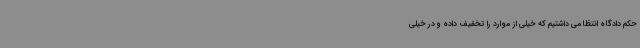
حکم دادگاه انتظامی داشتیم که خیلی از موارد را تخفیف داده و در خیلی